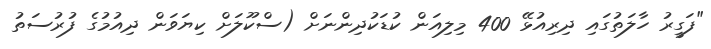
"ފަގީރު ހާލަތުގައި ދިރިއުޅޭ 400 މިލިއަން ކުޑަކުދިންނަށް (ސްކޫލަށް ކިޔަވަން ދިއުމުގެ ފުރުސަތު